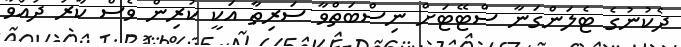
ދެކުނުގެ ޓެލަންގަނާ ސްޓޭޓަށް ނިސްބަތްވާ ސަރިތާ އަކީ ކުރިން ވެސް ކާރު ދުއްވާ